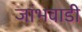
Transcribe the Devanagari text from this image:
जांभवाडी